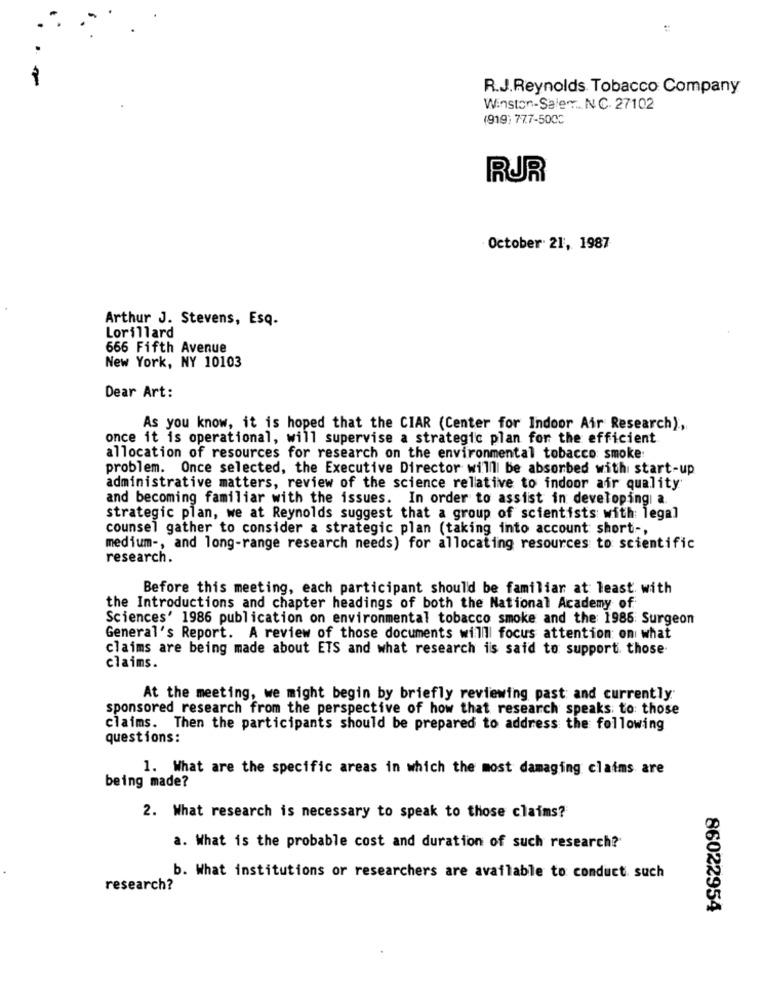
R.J.Reynolds Tobacco Company
Winston-Saler .. N.C. 27102
(919) 777-500℃
RJR
October 21, 1987
Arthur J. Stevens, Esq.
Lorillard
666 Fifth Avenue
New York, NY 10103
Dear Art:
As you know, it is hoped that the CIAR (Center for Indoor Air Research),
once it is operational, will supervise a strategic plan for the efficient
allocation of resources for research on the environmental tobacco smoke:
problem. Once selected, the Executive Director willll be absorbed with start-up
administrative matters, review of the science relative to indoor air quality
and becoming familiar with the issues. In order to assist in developing a.
strategic plan, we at Reynolds suggest that a group of scientists with legal
counsel gather to consider a strategic plan (taking into account short -,
medium -, and long-range research needs) for allocating resources to scientific
research.
Before this meeting, each participant should be familiar at least. with
the Introductions and chapter headings of both the National Academy of
Sciences' 1986 publication on environmental tobacco smoke and the 1985 Surgeon
General's Report. A review of those documents will focus attention: on what
claims are being made about ETS and what research is said to support those
claims.
At the meeting, we might begin by briefly reviewing past and currently
sponsored research from the perspective of how that research speaks to: those
claims. Then the participants should be prepared to address the following
questions:
1. What are the specific areas in which the most damaging claims are
being made?
2. What research is necessary to speak to those claims?
a. What is the probable cost and duration of such research?
b. What institutions or researchers are available to conduct such
research?
86022954